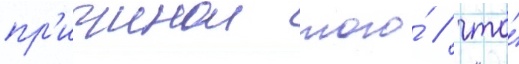
пр'ичинои того́ / что́